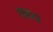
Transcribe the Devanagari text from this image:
एन७०